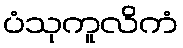
ပံသုကူလိကံ